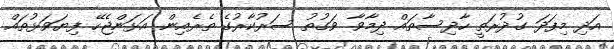
އަދި މިފަދަ ގުދުރަތީ ހާދިސާތައް ދިމާވާ ވަގުތު ސަރުކާރުގެ ތެރެއިން އަޅަންޖެހޭ ފިޔަވަޅުތައް